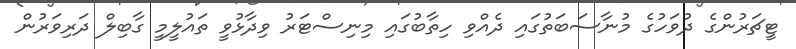
ޓީޗަރުންގެ ދުވަހުގެ މުނާސަބަތުގައި ދެއްވި ހިތާބުގައި މިނިސްޓަރު ވިދާޅުވީ ތައުލީމީ ގާބިލް ދަރިވަރުން